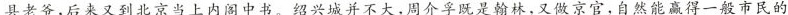
县老爷,后来又到北京当上内阁中书。绍兴城并不大,周介乎既是翰林,又做京官,自然能赢得一般市民的